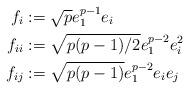
LaTeX: \begin{align*}f_i&:=\sqrt{p} e_1^{p-1} e_i \\f_{ii}&:=\sqrt{p(p-1)/2} e_1^{p-2} e_i^2\\f_{ij}&:=\sqrt{p(p-1)} e_1^{p-2} e_i e_j\end{align*}